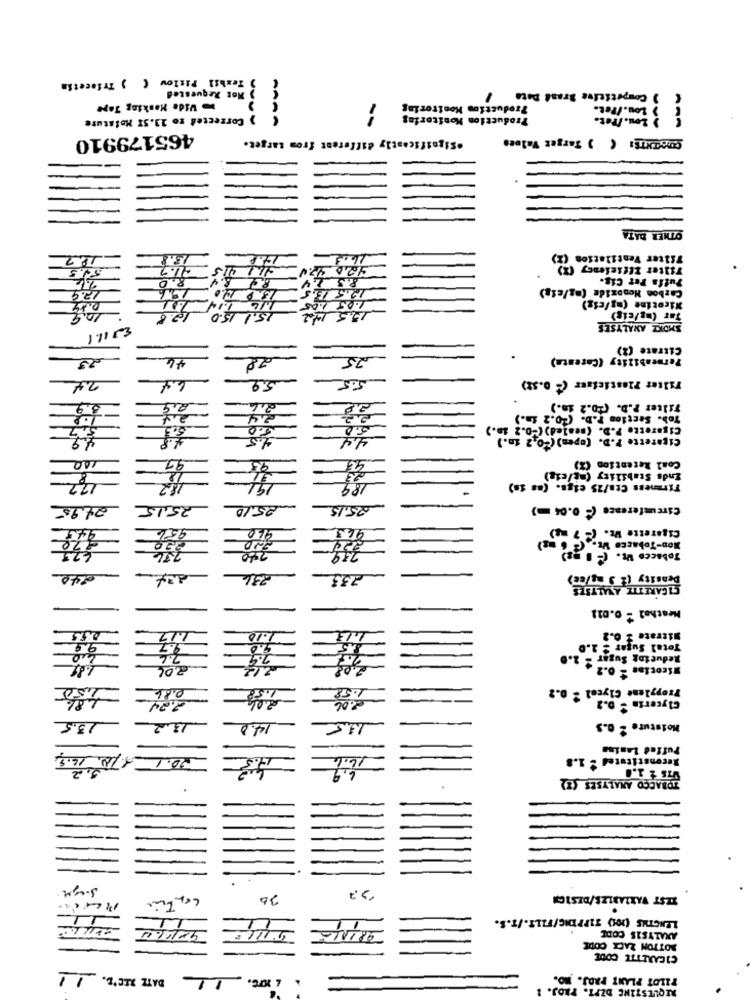
) Texhil Pislow ( ) Trfecetin
Not Requested
) Competitive Srand Dete
Vida Masking Tape
Productim Monitoring
> Lou./Pet.
Corrected ro 23.57 Moisture
Production Monitoring
Lou. ITet.
AAAA
465179910
"Significantly different from target.
CONSENTE: ( ) Target Values
OTHER DATA
16.9
Filter Ventilation
Tilter Efficiency (22
54.5
41.7
4.2.0 47.4
8.0
8.4
P.S ZY
Puffa Per Cig.
196
Carbon Monoxide (mg/eig)
12.9
1.05 1:05
Nicotine (mg/cig)
15.1 15.0
17.5 142
Tar (mg/cip)
SMOKE ANALYSES
Citrate (2)
28
Permeability (Carenta)
Filter Plasticisur (- 0.52)
6.4
5,9
5.5
3.9
2.6
Filter P.D. (+0.2 in.)
2.4
Tob. Section P.D. (20.2 in.)
5.0
5.0
Cigarette P.D. (sealed) (-0.2 in.)
4.5
Cigarette P.D. (open) ( 0.2 in.)
Coal Retention (X)
Ends Stability (ag/cig)
8
12
182
189
Firmness Cta/25 cigs. (as is)
24.9
25,15
25.10
25.15
Circumference (- 0.04 m)
950
963,
Non-Tobacco V. ( 6 mg)
20
220
Tobacco W. (- IRE)
220
739
240
236
233
Density (2 3 mg/ce)
CIGARETTE ANALYSES
Heathel = 0.011
1.17
1.10
Nitrate $ 0.2
9.9
.9.7
8.5
Total Sugar 2 2.0
4,0
7.6
7.9
25
Reducing Sugar - 2.0
1.81
212
Wicotins = 0.2
1,50
0.86
1.58
Propylene Glycol 2 0.2
48%
2.06
Glycerin - 0.2
2,24
13.5
13.2
14.0
Moisture - O.S
Puffed Lanias
16.9
16.6
Reconstituted 2 1.8
6,9
WIS 1 1.0
TOBACCO ANALYSES (Z)
--
ZEST VARIABLES/DESIGN
11
11
11
LENGTHS (ON) TIPPDIG/FILE./T.S.
981115
ANALYSIS CODE
BOTTON ZACK COME
CIGARETTE CODE
DATE RICE. 11
PILOT PLANT PADJ. MO.
REQUESTING DZPT. PROJ.